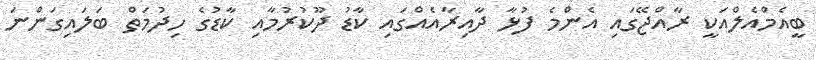
ބީއެމްއެލްއަކީ ރާއްޖޭގައި އެންމެ ފުޅާ ދާއިރާއެއްގައި ކާޑު ދޫކުރުމާއި ކާޑުގެ ހިދުމަތް ބަލައިގަންނަ